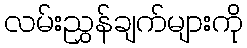
လမ်းညွှန်ချက်များကို